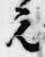
元